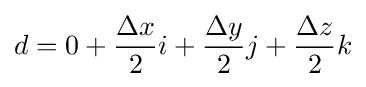
d=0+{\frac {\Delta x}{2}}i+{\frac {\Delta y}{2}}j+{\frac {\Delta z}{2}}k